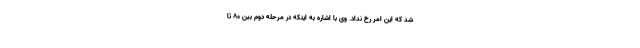
شد که این امر رخ نداد. وی با اشاره به اینکه در مرحله دوم بین ۸۰ تا